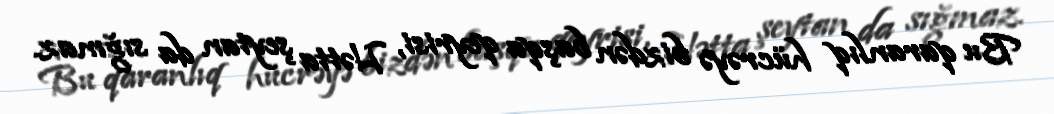
Bu qaranlıq hücrəyə bizdən başqa qeyrisi, Hətta şeytan da sığmaz.